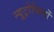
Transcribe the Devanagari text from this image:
न्यूट्रोफिलों